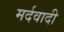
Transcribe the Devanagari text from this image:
मर्दवादी